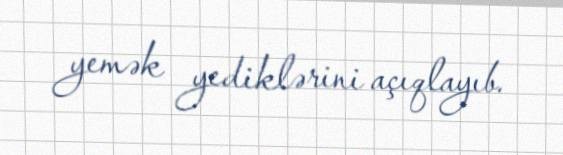
yemək yediklərini açıqlayıb.